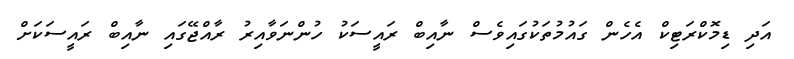
އަދި ޑިމޮކްރަޓިކް އެހެން ގައުމުތަކުގައިވެސް ނާއިބް ރައީސަކު ހުންނަވާއިރު ރާއްޖޭގައި ނާއިބް ރައީސަކަށް